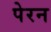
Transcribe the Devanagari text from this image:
पेरन